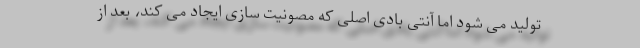
تولید می شود اما آنتی بادی اصلی که مصونیت سازی ایجاد می کند، بعد از